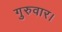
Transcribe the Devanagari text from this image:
गुरुवार।